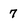
Character: 7